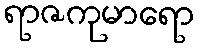
ရာဇကုမာရော